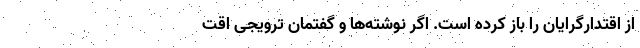
از اقتدارگرایان را باز کرده است. اگر نوشته‌ها و گفتمان ترویجی اقت